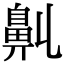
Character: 𪖑